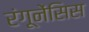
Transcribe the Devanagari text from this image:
रंगूनेंसिस